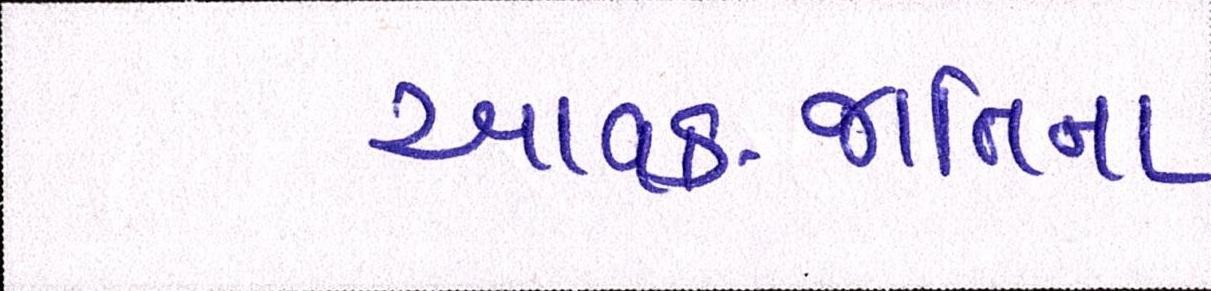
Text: આવક-જાતિના